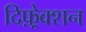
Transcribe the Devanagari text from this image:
दिफ़्रेक्शन